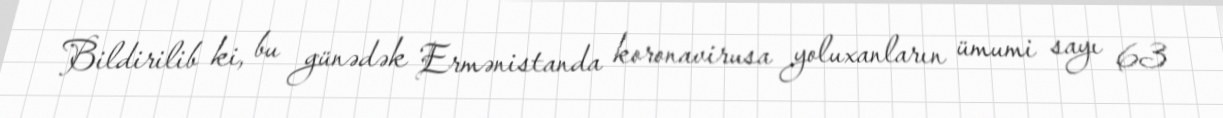
Bildirilib ki, bu günədək Ermənistanda koronavirusa yoluxanların ümumi sayı 63